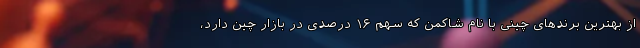
از بهترین برندهای چینی با نام شاکمن که سهم ۱۶ درصدی در بازار چین دارد،